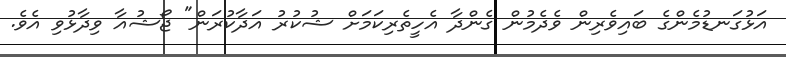
އަޅުގަނޑުމެންގެ ބައިވެރިން ވެދެމުން ގެންދާ އެހީތެރިކަމަށް ޝުކުރު އަދާކުރަން" ޖޯޝުއާ ވިދާޅުވި އެވެ.